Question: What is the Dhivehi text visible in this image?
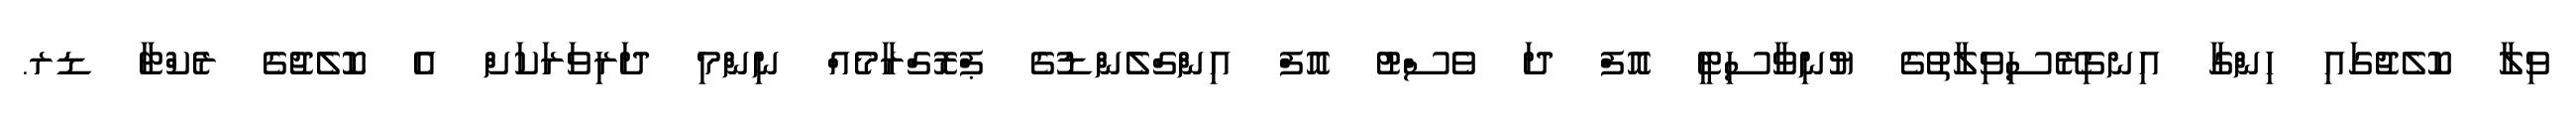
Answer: ވިލާ ކޮލެޖުގައި ހިންގާ އިނގިރޭސިވިލާތުގެ ޔުނިވާސިޓީ އޮފް ދަ ވެސްޓު އޮފް އިންގްލެންޑުގެ ޕްރޮގްރާމެއް ނިންމި ދަރިވަރަކަށް އެ ކޮލެޖުގެ ރެކްޓާ ޑރ.